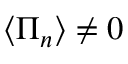
\left\langle \Pi _ { n } \right\rangle \ne 0